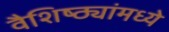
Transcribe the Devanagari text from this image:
वैशिष्ठ्यांमध्ये